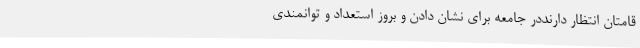
قامتان انتظار دارنددر جامعه برای نشان دادن و بروز استعداد و توانمندی